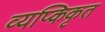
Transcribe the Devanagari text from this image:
व्यप्किकृत